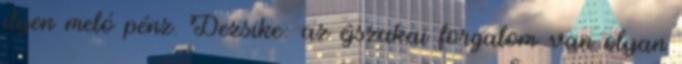
ilyen meló pénz. Dezsike: az éjszakai forgalom van olyan